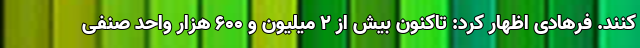
کنند. فرهادی اظهار کرد: تاکنون بیش از ۲ میلیون و ۶۰۰ هزار واحد صنفی